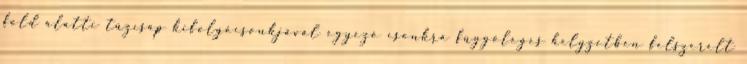
föld alatti tûzcsap kifolyócsonkjával egyezõ csonkra függõleges helyzetben felszerelt